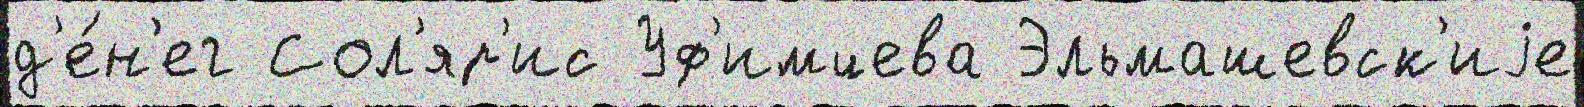
д'е́н'ег Сол'яр'ис Уф'имцева Эльмашевск'иjе